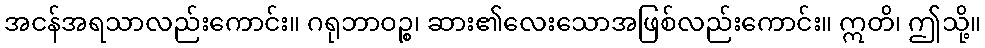
အငန်အရသာလည်းကောင်း။ ဂရုဘာဝဉ္စ၊ ဆား၏လေးသောအဖြစ်လည်းကောင်း။ ဣတိ၊ ဤသို့။